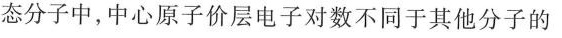
态分子中，中心原子价层电子对数不同于其他分子的